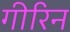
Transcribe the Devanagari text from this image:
गीरिन